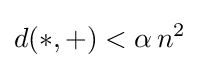
d(*,+)<\alpha \,n^{2}